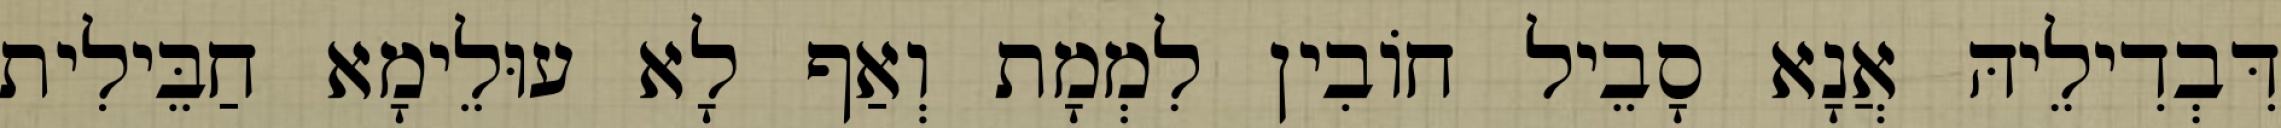
דִּבְדִילֵיהּ אֲנָא סָבֵיל חוֹבִין לִמְמָת וְאַף לָא עוּלֵימָא חַבֵּילִית